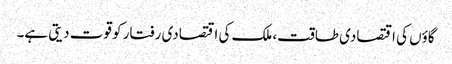
گاؤں کی اقتصادی طاقت، ملک کی اقتصادی رفتار کو قوت دیتی ہے۔